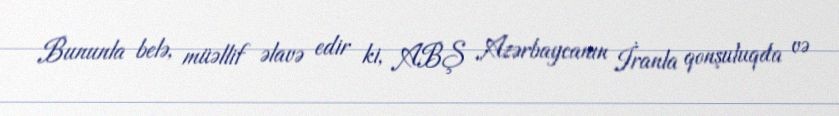
Bununla belə, müəllif əlavə edir ki, ABŞ Azərbaycanın İranla qonşuluqda və